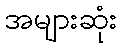
အများဆုံး